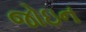
જોઇન